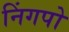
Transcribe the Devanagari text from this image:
निंगपो